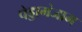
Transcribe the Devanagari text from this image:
पेड्डागंजाम